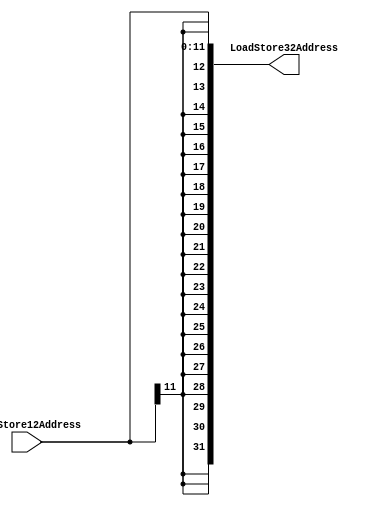
module twelve2thirtytwosext(
    LoadStore12Address,
    LoadStore32Address
);

input [11:0] LoadStore12Address;
output [31:0] LoadStore32Address;

assign LoadStore32Address = {{20{LoadStore12Address[11]}},LoadStore12Address};

endmodule